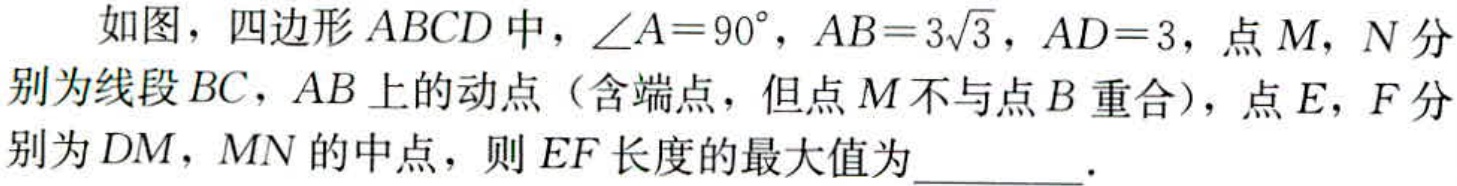
如图，四边形\(ABCD\)中，\(\angle A = 90^{\circ}\)，\(AB = 3\sqrt{3}\)，\(AD = 3\)，点\(M\)，\(N\)分别为线段\(BC\)，\(AB\)上的动点（含端点，但点\(M\)不与点\(B\)重合），点\(E\)，\(F\)分别为\(DM\)，\(MN\)的中点，则\(EF\)长度的最大值为  ．